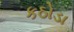
કઠોડા